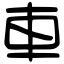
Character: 車